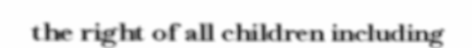
the right of all children including